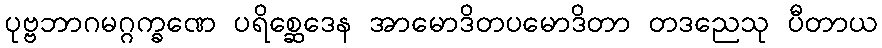
ပုဗ္ဗဘာဂမဂ္ဂက္ခဏေ ပရိစ္ဆေဒေန အာမောဒိတပမောဒိတာ တဒညေသု ပီတာယ